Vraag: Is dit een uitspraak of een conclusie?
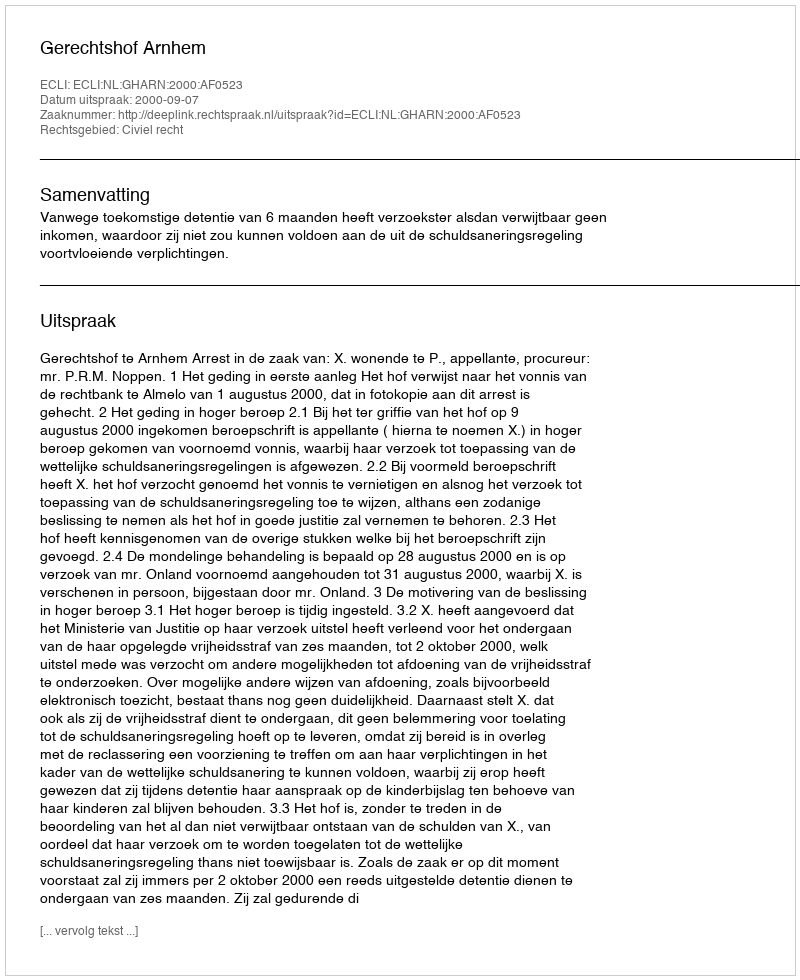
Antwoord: Uitspraak